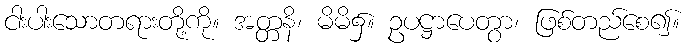
ငါးပါးသောတရားတို့ကို။ အတ္တနိ၊ မိမိ၌။ ဥပဋ္ဌာပေတွာ၊ ဖြစ်တည်စေ၍။